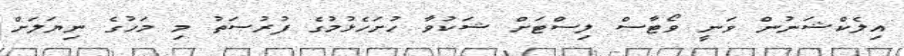
އިލެކްޝަނުން ވަނީ ވޯޓާސް ލިސްޓަށް ޝަކުވާ ހުށަހެޅުމުގެ ފުރުސަތު މި މަހުގެ ނިޔަލަށް